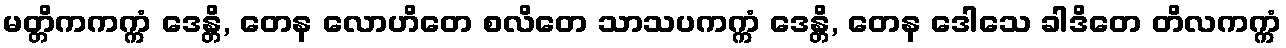
မတ္တိကကက္ကံ ဒေန္တိ, တေန လောဟိတေ စလိတေ သာသပကက္ကံ ဒေန္တိ, တေန ဒေါသေ ခါဒိတေ တိလကက္ကံ